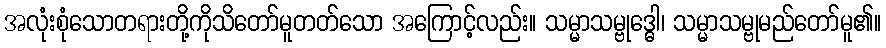
အလုံးစုံသောတရားတို့ကိုသိတော်မူတတ်သော အကြောင့်လည်း။ သမ္မာသမ္ဗုဒ္ဓေါ၊ သမ္မာသမ္ဗုမည်တော်မူ၏။